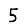
Digit: 5